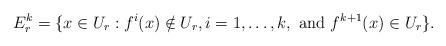
LaTeX: \begin{align*}E^k_r = \{ x \in U_r : f^i(x) \notin U_r, i = 1, \ldots, k, \mbox{ and } f^{k+1}(x) \in U_r \}.\end{align*}